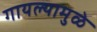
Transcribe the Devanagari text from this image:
गायल्यामुळे